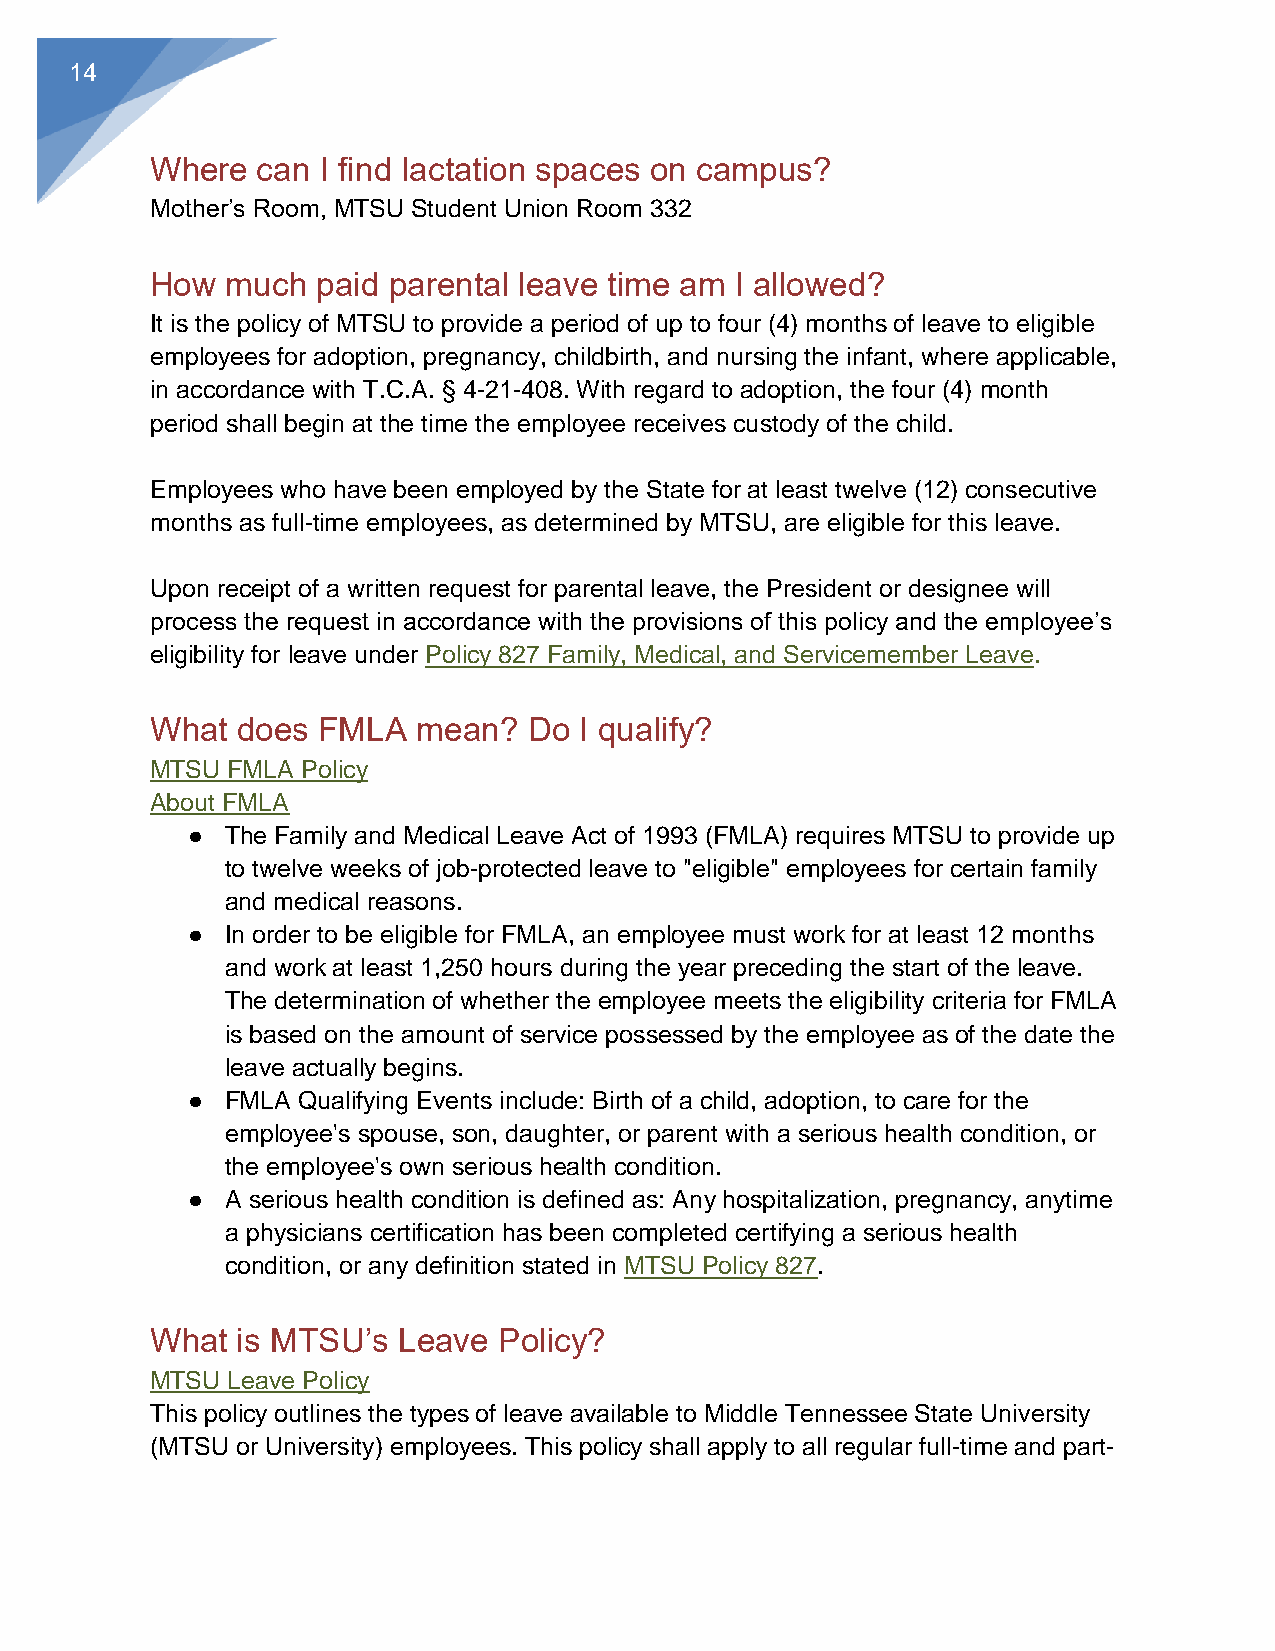
15
 time MTSU employees. Exceptions to this policy may be made upon approval of the
 President or designee.
 Types of leave available include:
 ●  Annual Leave
 ●  Sick Leave
 ●  Bereavement Leave
 ●  Leave of Absence, Parental Leave
 ●  Military Leave
 ●  Civil Leave
 ●  Transfer of Leave
 ●  Voting Leave
 ●  Transfer of Sick Leave between Employees
 ●  Disaster Relief Service Leave
 ●  Volunteer Firefighter Service Leave.
 What  are my rights as a disabled employee?
 Americans with Disabilities Act at MTSU
 Investigating discrimination claims is an important part of MTSU's Office of Institutional
 Equity and Compliance promise to promoting and respecting a culturally diverse
 campus. If you feel your access needs are not being met appropriately, please make
 contact. You are also able to seek assistance for disability discrimination claims from
 the U.S. Office for Civil Rights.
 For Discrimination Complaints for External Individuals, Faculty, Staff, and Students,
 contact:
 Marian V. Wilson, PhD
 Assistant to the President for Equity
 And Title IX and Title VI Coordinator
 Institutional Equity and Compliance
 (615) 898-2185
 How  does workers  compensation  work?
 Worker's Compensation (WC) is a benefit to all employees who have had a work related
 injury/illness.
 Any employee who suffers an injury/illness within the scope of his/her employment is
 eligible to file a worker's compensation claim.
 Employees covered under workers compensation include: Full-time regular employees,
 part-time regular employees, hourly workers, student workers, graduate assistants, and
 adjunct faculty.
 KNOW YOUR RIGHTS | Last Updated F eb. 5, 2020